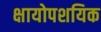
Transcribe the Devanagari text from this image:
क्षायोपशयिक